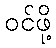
ဝင်ဖို့